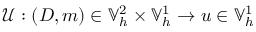
\mathcal { U } : ( D , m ) \in \mathbb { V } _ { h } ^ { 2 } \times \mathbb { V } _ { h } ^ { 1 } \to u \in \mathbb { V } _ { h } ^ { 1 }